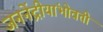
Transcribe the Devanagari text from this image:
जननेंद्रीयांभोवती